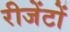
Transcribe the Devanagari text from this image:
रीजेंटों